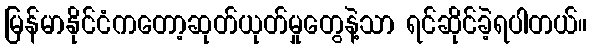
မြန်မာနိုင်ငံကတော့ဆုတ်ယုတ်မှုတွေနဲ့သာ ရင်ဆိုင်ခဲ့ရပါတယ်။